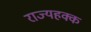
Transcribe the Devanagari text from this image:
राज्यहक्क